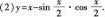
(2) $$y = x - \sin \frac { x } { 2 } \cdot \cos \frac { x } { 2 }$$.